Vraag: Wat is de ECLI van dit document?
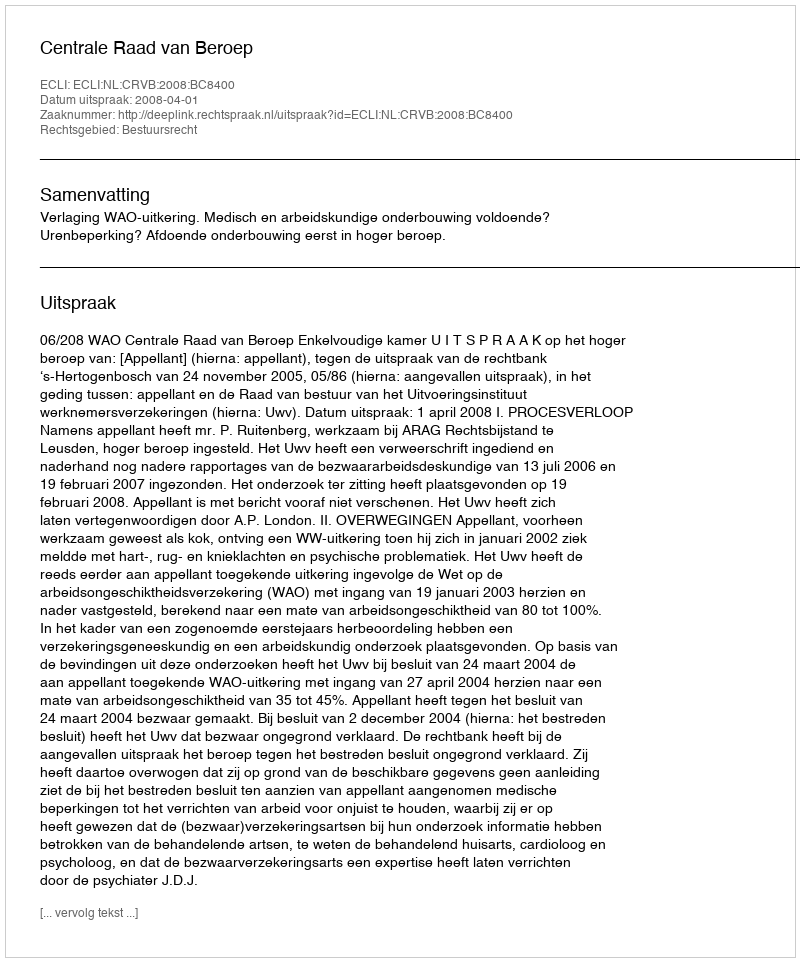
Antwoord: ECLI:NL:CRVB:2008:BC8400